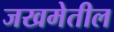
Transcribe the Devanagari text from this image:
जखमेतील